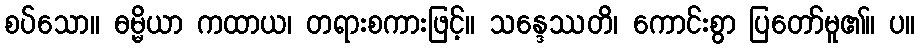
စပ်သော။ ဓမ္မိယာ ကထာယ၊ တရားစကားဖြင့်။ သန္ဒေဿတိ၊ ကောင်းစွာ ပြတော်မူ၏။ ပ။